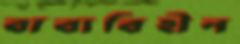
বাবাবিহীন